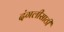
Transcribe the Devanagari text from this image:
दंगलीसाठी